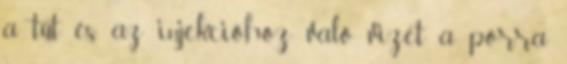
a tűt és az injekcióhoz való vizet a porra